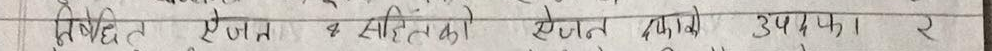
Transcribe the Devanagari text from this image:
विहित ऐजन ५ सीमितता छेजन तापें उपपा. २